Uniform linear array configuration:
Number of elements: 48
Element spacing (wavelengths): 1
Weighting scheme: kaiser
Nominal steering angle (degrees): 45
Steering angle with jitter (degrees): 45.092
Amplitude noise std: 0.05
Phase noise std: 0.05

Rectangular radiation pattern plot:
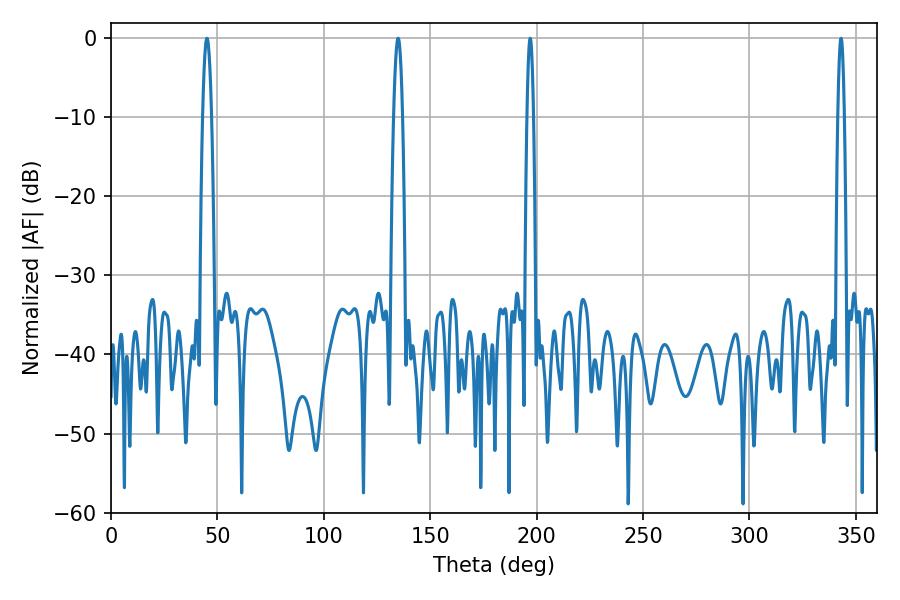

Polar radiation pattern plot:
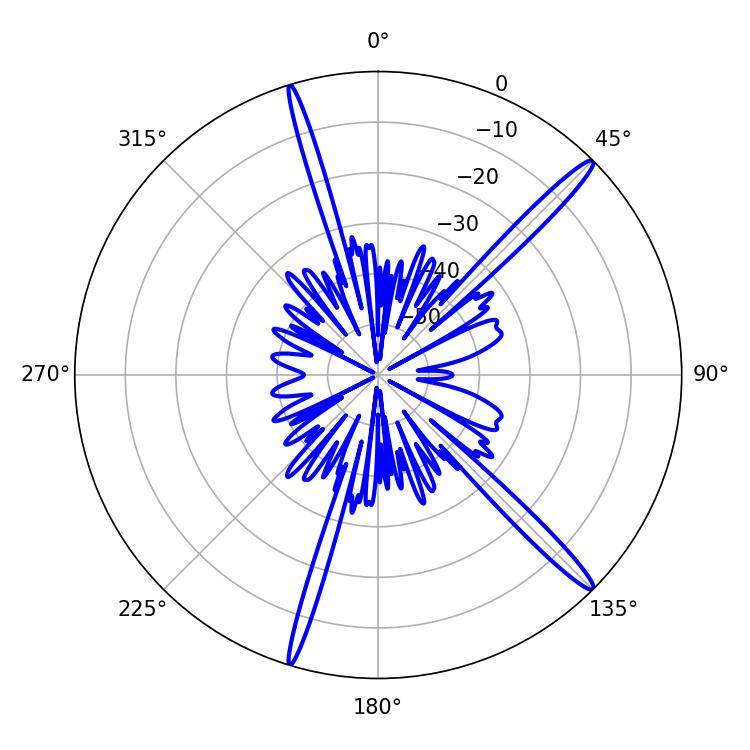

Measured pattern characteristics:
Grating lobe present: TRUE
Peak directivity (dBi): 16.61
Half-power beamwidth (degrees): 1.62
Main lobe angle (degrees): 196.92